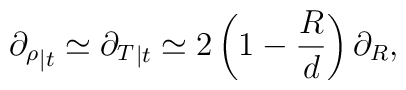
{\partial_\rho}_{| t} \simeq  {\partial_T}_{| t} \simeq 2\left(1-\frac{R}{d}\right)\partial_R,